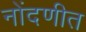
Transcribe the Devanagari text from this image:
नोंदणीत